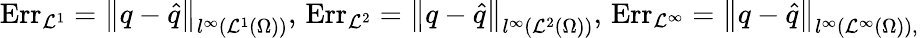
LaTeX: \textrm{Err}_{\mathcal{L}^{1}}=\left\| q-\hat{q}\right\| _{l^{\infty}\left(\mathcal{L}^{1}(\Omega)\right)},\, \textrm{Err}_{\mathcal{L}^{2}}=\left\| q-\hat{q}\right\| _{l^{\infty}\left(\mathcal{L}^{2}(\Omega)\right)},\, \textrm{Err}_{\mathcal{L}^{\infty}}=\left\| q-\hat{q}\right\| _{l^{\infty}\left(\mathcal{L}^{\infty}(\Omega)\right),}